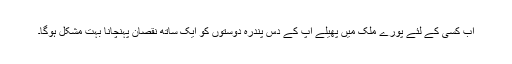
اب کسی کے لئے پورے ملک میں پھیلے آپ کے دس پندرہ دوستوں کو ایک ساتھ نقصان پہنچانا بہت مشکل ہوگا۔